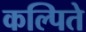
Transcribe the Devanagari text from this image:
कल्पिते